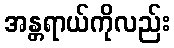
အန္တရာယ်ကိုလည်း